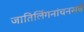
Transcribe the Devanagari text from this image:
जातिलिंगनांचनसर्वं